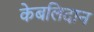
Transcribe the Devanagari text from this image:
केबलिदान